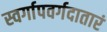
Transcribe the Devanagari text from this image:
स्वर्गापवर्गदातारं